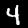
Digit: 4